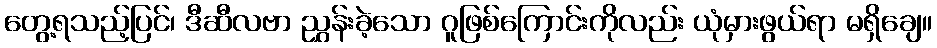
တွေ့ရသည့်ပြင်၊ ဒီဆီလဗာ ညွှန်းခဲ့သော ဂူဖြစ်ကြောင်းကိုလည်း ယုံမှားဖွယ်ရာ မရှိချေ။